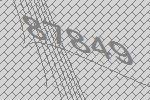
87849